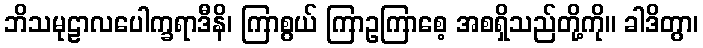
ဘိသမုဠာလပေါက္ခရာဒီနိ၊ ကြာစွယ် ကြာဥကြာစေ့ အစရှိသည်တို့ကို။ ခါဒိတွာ၊